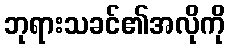
ဘုရားသခင်၏အလိုကို